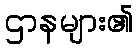
ဌာနများ၏